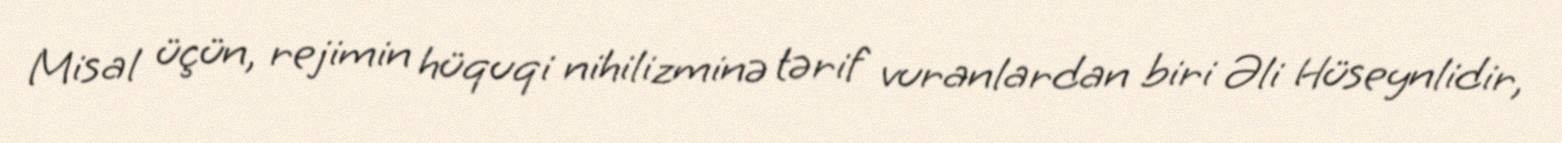
Misal üçün, rejimin hüquqi nihilizminə tərif vuranlardan biri Əli Hüseynlidir,